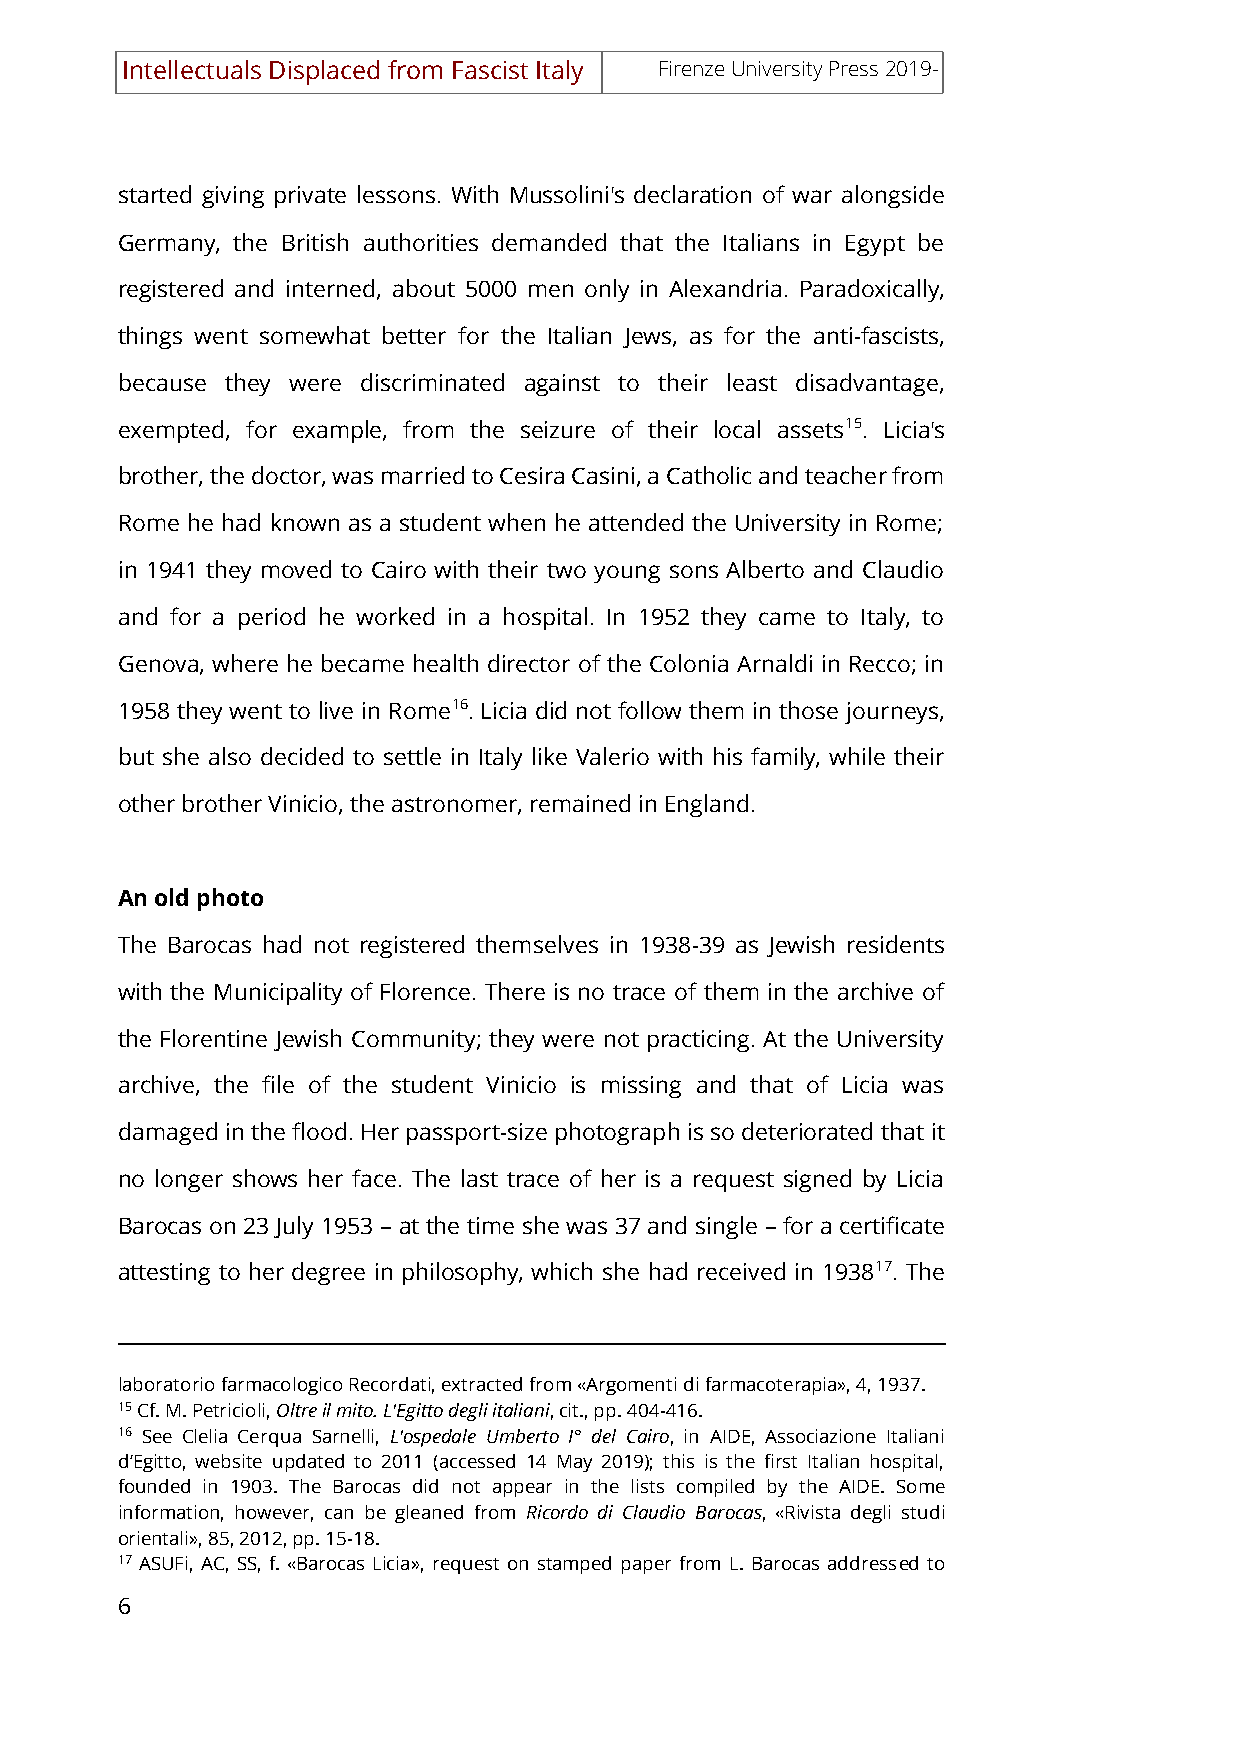
Intellectuals Displaced from Fascist Italy Firenze University Press 2019-
 started giving private lessons. With Mussolini's declaration of war alongside
 Germany, the British authorities demanded that the Italians in Egypt be
 registered and interned, about 5000 men only in Alexandria. Paradoxically,
 things went somewhat better for the Italian Jews, as for the anti-fascists,
 because they were discriminated against to their least disadvantage,
 exempted, for example, from the seizure of their local assets15. Licia's
 brother, the doctor, was married to Cesira Casini, a Catholic and teacher from
 Rome he had known as a student when he attended the University in Rome;
 in 1941 they moved to Cairo with their two young sons Alberto and Claudio
 and for a period he worked in a hospital. In 1952 they came to Italy, to
 Genova, where he became health director of the Colonia Arnaldi in Recco; in
 1958 they went to live in Rome16. Licia did not follow them in those journeys,
 but she also decided to settle in Italy like Valerio with his family, while their
 other brother Vinicio, the astronomer, remained in England.
 An old photo
 The Barocas had not registered themselves in 1938-39 as Jewish residents
 with the Municipality of Florence. There is no trace of them in the archive of
 the Florentine Jewish Community; they were not practicing. At the University
 archive, the file of the student Vinicio is missing and that of Licia was
 damaged in the flood. Her passport-size photograph is so deteriorated that it
 no longer shows her face. The last trace of her is a request signed by Licia
 Barocas on 23 July 1953 – at the time she was 37 and single – for a certificate
 attesting to her degree in philosophy, which she had received in 193817. The
 laboratorio farmacologico Recordati, extracted from «Argomenti di farmacoterapia», 4, 1937.
 15 Cf. M. Petricioli, Oltre il mito. L'Egitto degli italiani, cit., pp. 404-416.
 16 See Clelia Cerqua Sarnelli, L'ospedale Umberto I° del Cairo, in AIDE, Associazione Italiani
 d’Egitto, website updated to 2011 (accessed 14 May 2019); this is the first Italian hospital,
 founded in 1903. The Barocas did not appear in the lists compiled by the AIDE. Some
 information, however, can be gleaned from Ricordo di Claudio Barocas, «Rivista degli studi
 orientali», 85, 2012, pp. 15-18.
 17 ASUFi, AC, SS, f. «Barocas Licia», request on stamped paper from L. Barocas addressed to
 6